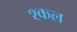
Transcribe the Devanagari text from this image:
श्कल